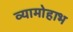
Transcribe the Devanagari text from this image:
व्यामोहाभ